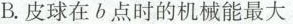
B.皮球在b点时的机械能最大